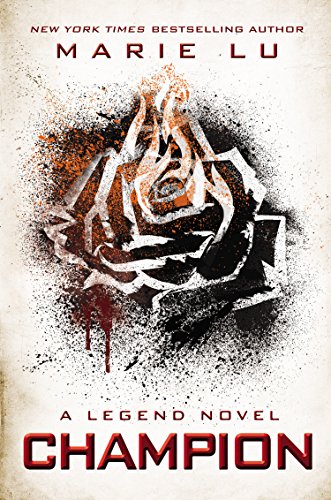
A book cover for Champion: A Legend Novel; Marie Lu; Teen & Young Adult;